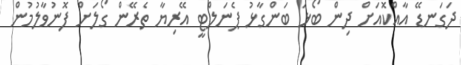
ދަގަނޑޭ އާއްކޮއަށް ދިން ބޯޅަ ބަންގާޅު ޕެނަލްޓީ އޭރިޔާ ތެރޭން ގޯލަށް ފޮނުވާލުމުން